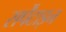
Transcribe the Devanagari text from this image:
सर्पेंटाइन